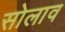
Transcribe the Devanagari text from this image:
सोलाव